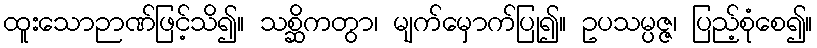
ထူးသောဉာဏ်ဖြင့်သိ၍။ သစ္ဆိကတွာ၊ မျက်မှောက်ပြု၍။ ဥပသမ္ပဇ္ဇ၊ ပြည့်စုံစေ၍။